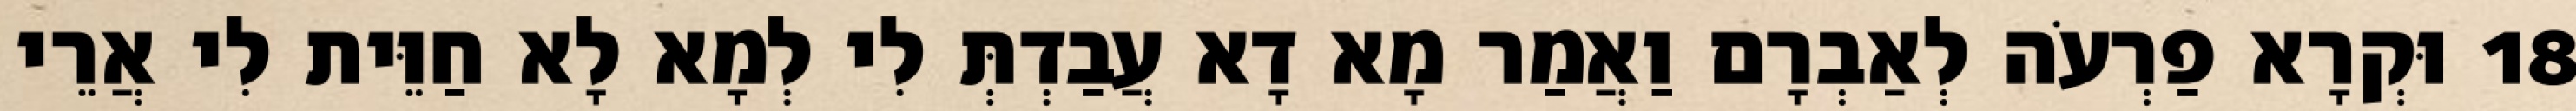
18 וּקְרָא פַרְעֹה לְאַבְרָם וַאֲמַר מָא דָא עֲבַדְתְּ לִי לְמָא לָא חַוֵּית לִי אֲרֵי